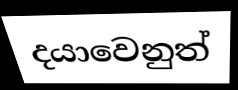
දයාවෙනුත්